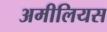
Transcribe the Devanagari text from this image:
अमीलियस